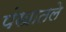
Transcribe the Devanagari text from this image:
पंखातले